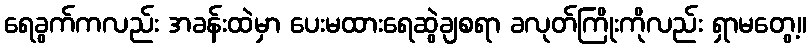
ရေခွက်ကလည်း အခန်းထဲမှာ ပေးမထားရေဆွဲချစရာ ခလုတ်ကြိုးကိုလည်း ရှာမတွေ့။